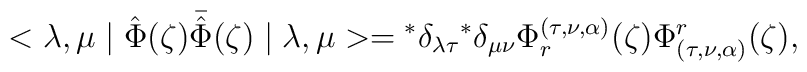
<\lambda,\mu\mid\hat{\Phi}(\zeta)\bar{\hat{\Phi}}(\zeta)\mid \lambda,\mu>={}^{*}\delta_{\lambda\tau}{}^{*}\delta_{\mu\nu}\Phi_{r}^{(\tau,\nu,\alpha)}(\zeta)\Phi^{r}_{(\tau,\nu,\alpha)}(\zeta),